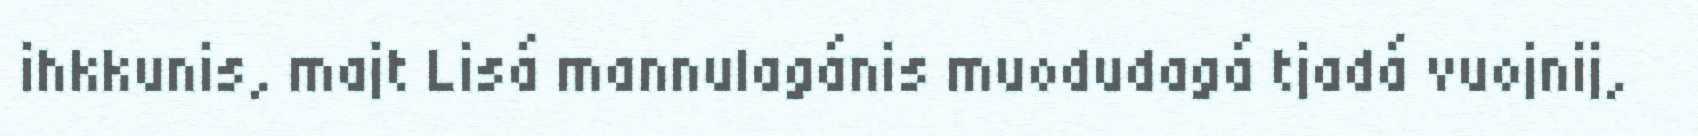
ihkkunis, majt Lisá mannulagánis muodudagá tjadá vuojnij,